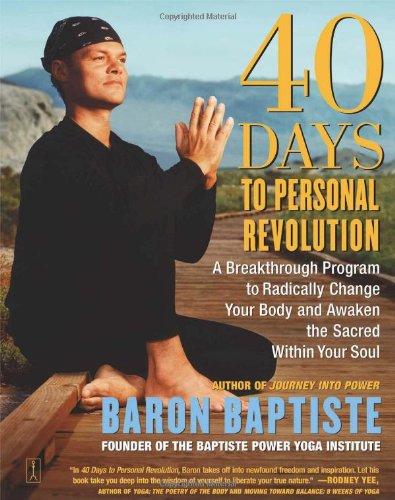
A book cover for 40 Days to Personal Revolution; Baron Baptiste; Health, Fitness & Dieting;